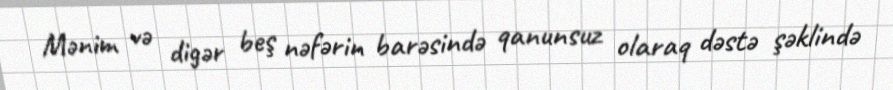
Mənim və digər beş nəfərin barəsində qanunsuz olaraq dəstə şəklində